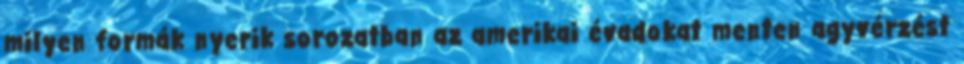
milyen formák nyerik sorozatban az amerikai évadokat menten agyvérzést